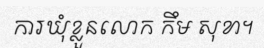
ការឃុំខ្លួនលោក កឹម សុខា។